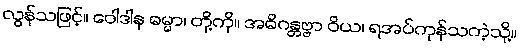
လွန်ုသဖြင့်။ ဝေါဒါန ဓမ္မာ၊ တို့ကို။ အဓိဂန္တဗ္ဗာ ဝိယ၊ ရအပ်ကုန်သကဲ့သို့။